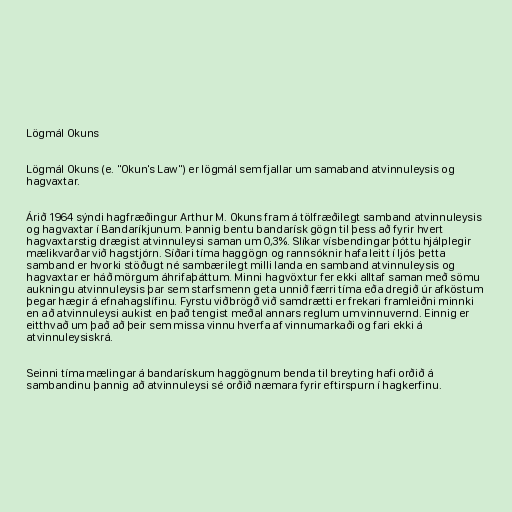
Lögmál Okuns

Lögmál Okuns (e. "Okun's Law") er lögmál sem fjallar um samaband atvinnuleysis og
hagvaxtar.

Árið 1964 sýndi hagfræðingur Arthur M. Okuns fram á tölfræðilegt samband atvinnuleysis
og hagvaxtar í Bandaríkjunum. Þannig bentu bandarísk gögn til þess að fyrir hvert
hagvaxtarstig drægist atvinnuleysi saman um 0,3%. Slíkar vísbendingar þóttu hjálplegir
mælikvarðar við hagstjórn. Síðari tíma haggögn og rannsóknir hafa leitt í ljós þetta
samband er hvorki stöðugt né sambærilegt milli landa en samband atvinnuleysis og
hagvaxtar er háð mörgum áhrifaþáttum. Minni hagvöxtur fer ekki alltaf saman með sömu
aukningu atvinnuleysis þar sem starfsmenn geta unnið færri tíma eða dregið úr afköstum
þegar hægir á efnahagslífinu. Fyrstu viðbrögð við samdrætti er frekari framleiðni minnki
en að atvinnuleysi aukist en það tengist meðal annars reglum um vinnuvernd. Einnig er
eitthvað um það að þeir sem missa vinnu hverfa af vinnumarkaði og fari ekki á
atvinnuleysiskrá.

Seinni tíma mælingar á bandarískum haggögnum benda til breyting hafi orðið á
sambandinu þannig að atvinnuleysi sé orðið næmara fyrir eftirspurn í hagkerfinu.